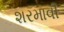
શરમાવી